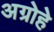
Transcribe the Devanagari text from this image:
अग्रोहे